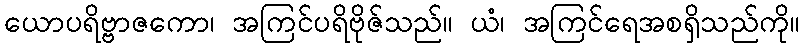
ယောပရိဗ္ဗာဇကော၊ အကြင်ပရိဗိုဇ်သည်။ ယံ၊ အကြင်ရေအစရှိသည်ကို။